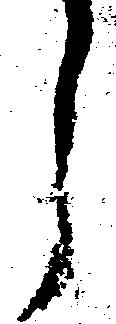
う